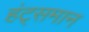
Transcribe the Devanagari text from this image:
हंट्समान